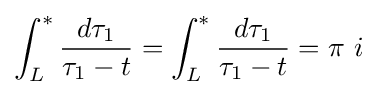
\int _{L}^{*}{\frac {d\tau _{1}}{\tau _{1}-t}}=\int _{L}^{*}{\frac {d\tau _{1}}{\tau _{1}-t}}=\pi \ i\